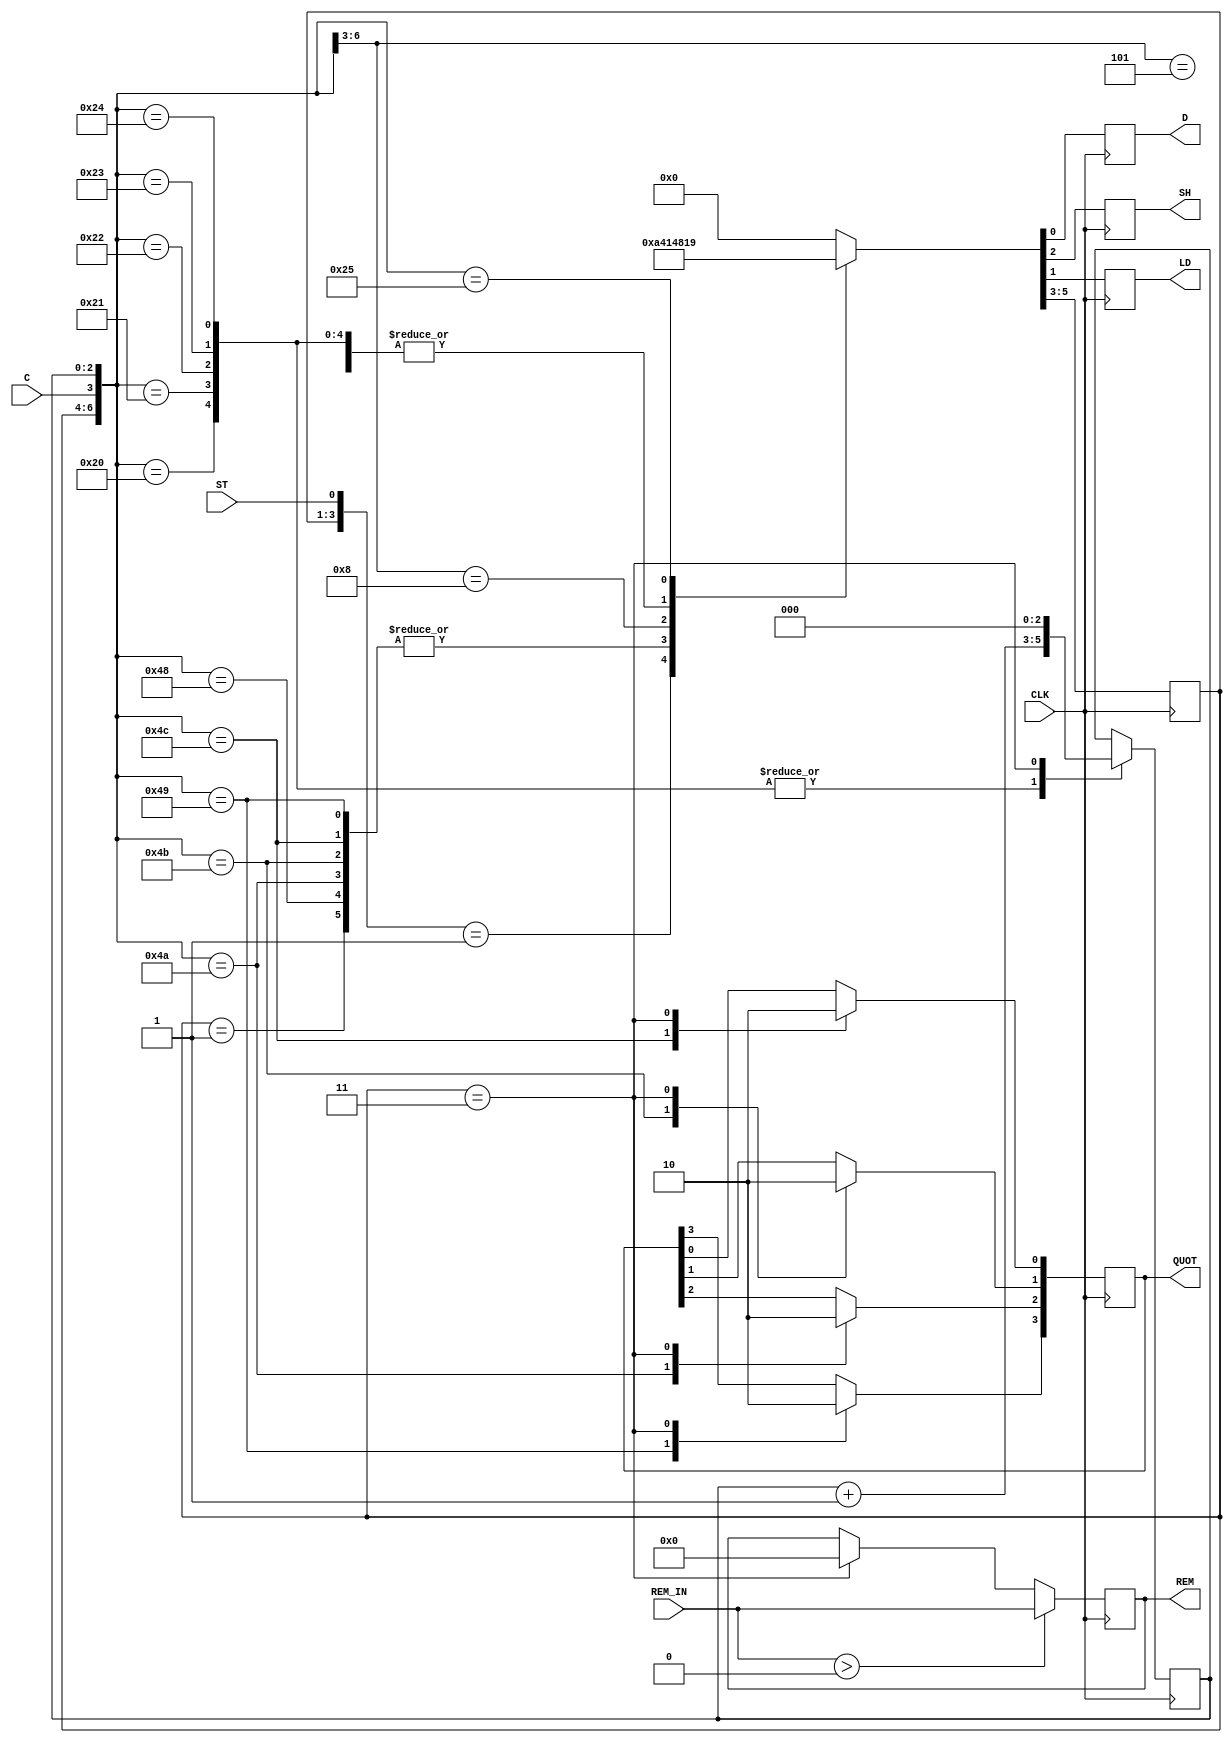
module controller (CLK, ST, SH, LD, D, C, REM, QUOT, REM_IN);

    input CLK, ST, C;
    input [4:0] REM_IN;
    reg [2:0] COUNT = 3'd0;
    output reg SH = 1'd0, LD = 1'd0, D = 1'd0;
    output reg [4:0] REM = 5'b00000;
    output reg [3:0] QUOT = 4'd0;

    reg [2:0] STATE = 3'd0;

    parameter[2:0] REST = 3'd0;  
    parameter[2:0] LOAD = 3'd1;
    parameter[2:0] SHIFT = 3'd2; 
    parameter[2:0] DONE = 3'd3; 
    parameter[2:0] SUB = 3'd4; 

    always@(posedge CLK)begin
        casex({STATE, ST, C, COUNT})
            {REST, 1'd1, 1'dX, 3'dX} : {STATE, SH, LD, D} = {LOAD, 1'd0, 1'd1, 1'd0};
            {LOAD, 1'dX, 1'dX, 3'dX} : {STATE, SH, LD, D} = {SHIFT, 1'd0, 1'd0, 1'd0};
            {SHIFT, 1'dX, 1'd1, 3'dX} : {STATE, SH, LD, D} = {SUB, 1'd0, 1'd0, 1'd0}; 
            {SUB, 1'dX, 1'd1, 3'd0} : begin {STATE, SH, LD, D} = {SHIFT, 1'd0, 1'd0, 1'd0}; QUOT[4] = 1'b1;end
            {SUB, 1'dX, 1'd1, 3'd1} : begin {STATE, SH, LD, D} = {SHIFT, 1'd0, 1'd0, 1'd0}; QUOT[3] = 1'b1;end
            {SUB, 1'dX, 1'd1, 3'd2} : begin {STATE, SH, LD, D} = {SHIFT, 1'd0, 1'd0, 1'd0}; QUOT[2] = 1'b1;end
            {SUB, 1'dX, 1'd1, 3'd3} : begin {STATE, SH, LD, D} = {SHIFT, 1'd0, 1'd0, 1'd0}; QUOT[1] = 1'b1;end
            {SUB, 1'dX, 1'd1, 3'd4} : begin {STATE, SH, LD, D} = {SHIFT, 1'd0, 1'd0, 1'd0}; QUOT[0] = 1'b1;end
            {SUB, 1'dX, 1'd0, 3'dX} : begin {STATE, SH, LD, D} = {SHIFT, 1'd1, 1'd0, 1'd0}; end
            {SHIFT, 1'dX, 1'd0, 3'd0} : begin {STATE, SH, LD, D} = {SUB, 1'd0, 1'd0, 1'd0}; COUNT = COUNT + 1'd1;end
            {SHIFT, 1'dX, 1'd0, 3'd1} : begin {STATE, SH, LD, D} = {SUB, 1'd0, 1'd0, 1'd0}; COUNT = COUNT + 1'd1;end
            {SHIFT, 1'dX, 1'd0, 3'd2} : begin {STATE, SH, LD, D} = {SUB, 1'd0, 1'd0, 1'd0}; COUNT = COUNT + 1'd1;end    
            {SHIFT, 1'dX, 1'd0, 3'd3} : begin {STATE, SH, LD, D} = {SUB, 1'd0, 1'd0, 1'd0}; COUNT = COUNT + 1'd1;end
            {SHIFT, 1'dX, 1'd0, 3'd4} : begin {STATE, SH, LD, D} = {SUB, 1'd0, 1'd0, 1'd0}; COUNT = COUNT + 1'd1;end
            {SHIFT, 1'dX, 1'd0, 3'd5} : begin {STATE, SH, LD, D} = {DONE, 1'd0, 1'd0, 1'd1}; end
            {DONE,  1'dX, 1'dX, 3'dX} : begin {STATE, SH, LD, D} = {REST, 1'd0, 1'd0, 1'd0}; REM <= 5'd0; QUOT <= 5'd0; COUNT <= 3'd0;end 
            default : {STATE, SH, LD, D} = {REST, 1'd0, 1'd0, 1'd0};
        endcase
        if (REM_IN > 0) begin REM <= REM_IN; end
    end
endmodule